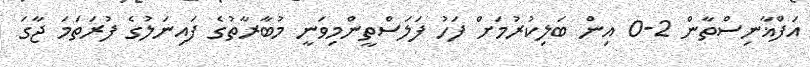
އަފްޣާނިސްތާން 2-0 އިން ބަލިކުރުމަށް ފަހު ފަލަސްތީންމިވަނީ މުބާރާތުގެ ފައިނަލުގެ ފުރަތަމަ ޖާގަ